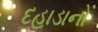
દહાડાનો